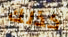
كذلك